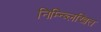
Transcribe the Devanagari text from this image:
निम्न्ब्लिखित